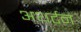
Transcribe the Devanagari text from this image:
अथर्टन